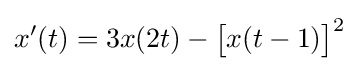
x'(t)=3x(2t)-{\bigl [}x(t-1){\bigr ]}^{2}